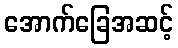
အောက်ခြေအဆင့်